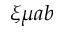
\xi \mu a b